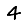
Digit: 4